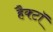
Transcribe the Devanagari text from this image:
हैक्टॉ